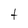
Character: t